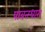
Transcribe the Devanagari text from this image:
पावनधारा